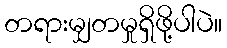
တရားမျှတမှုရှိဖို့ပါပဲ။